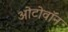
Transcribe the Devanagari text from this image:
ओटोवॉन